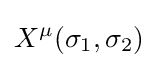
X^{\mu }(\sigma _{1},\sigma _{2})